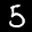
Label: 5